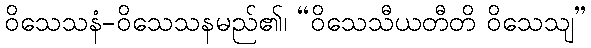
ဝိသေသနံ-ဝိသေသနမည်၏၊ “ဝိသေသီယတီတိ ဝိသေသျ”